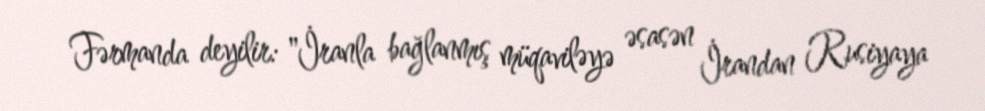
Fərmanda deyilir: "İranla bağlanmış müqaviləyə əsasən İrandan Rusiyaya